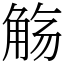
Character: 觞